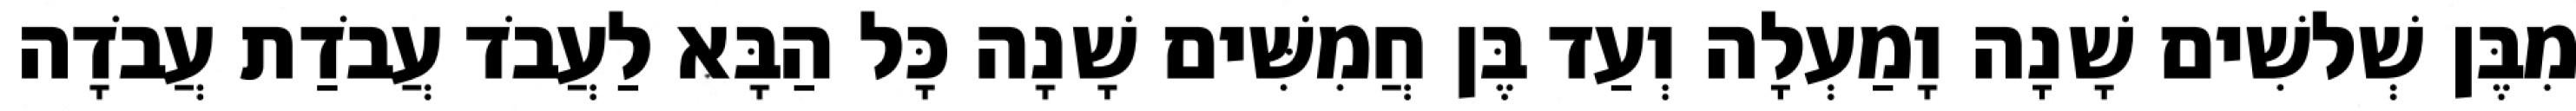
מִבֶּן שְׁלשִׁים שָׁנָה וָמַעְלָה וְעַד בֶּן חֲמִשִּׁים שָׁנָה כָּל הַבָּא לַעֲבֹד עֲבֹדַת עֲבֹדָה